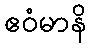
ဧဝံမာနိ